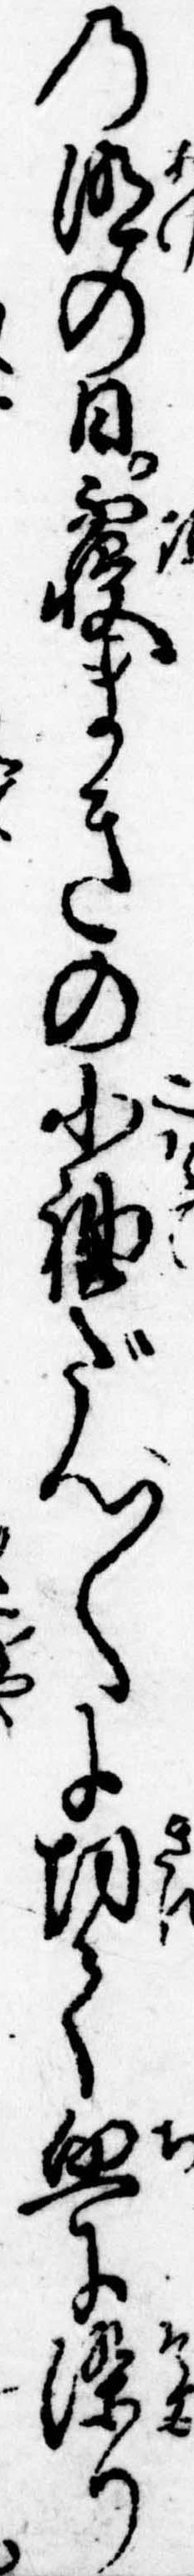
の明の日寐まきの小袖だん〱に切て血に染り